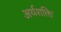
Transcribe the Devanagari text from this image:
अर्थशक्ति